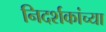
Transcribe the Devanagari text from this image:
निदर्शकांच्या